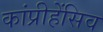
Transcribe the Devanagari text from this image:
कांप्रीहेंसिव